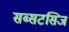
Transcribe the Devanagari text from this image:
सब्सटसिज